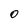
Character: O